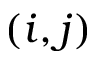
( i , j )